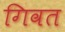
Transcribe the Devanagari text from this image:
गिवत